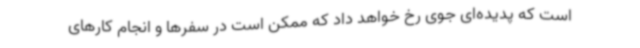
است که پدیده‌ای جوی رخ خواهد داد که ممکن است در سفرها و انجام کارهای